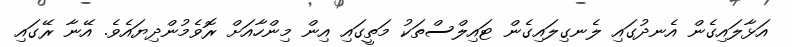
އަޅާލައިގެން އެނދުގައި ލެނގިލައިގެން ޓައިލްސްތަކު މަތީގައި އިން މިންހާއަށް ރޮވެމުންދިޔައެވެ. އޭނާ ރޭގައި